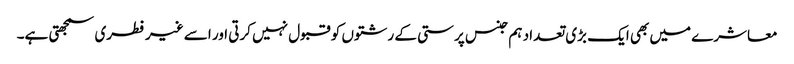
معاشرے میں بھی ایک بڑی تعداد ہم جنس پرستی کے رشتوں کو قبول نہیں کرتی اور اسے غیر فطری سمجھتی ہے۔